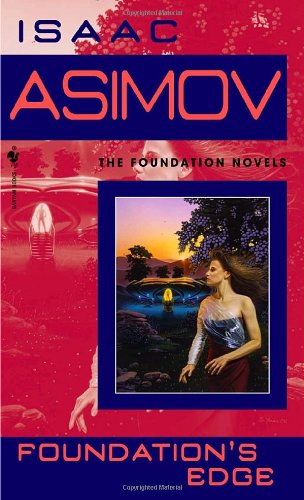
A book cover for Foundation's Edge (Foundation Novels); Isaac Asimov; Science Fiction & Fantasy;